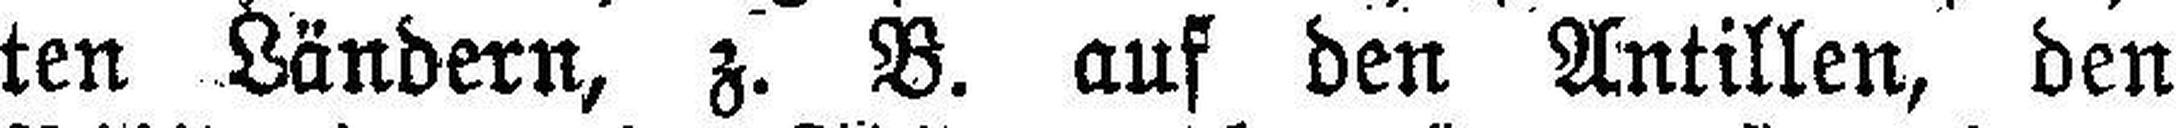
ten Ländern, z. B. auf den Antillen, den